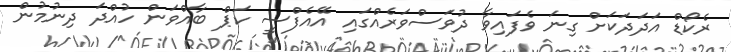
ރެކޯޑް އަދަދަކަށް ގިނަ ވެފައިވާ ދުވަސްވަރެއްގައި އޭއެފްސީ ކަޕް ބާއްވަން ހުއްދަ ދިނުމުން